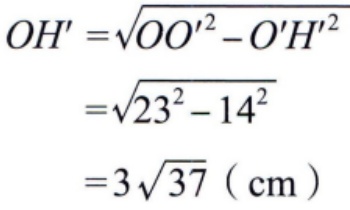
\[
\begin{align*}
OH'&=\sqrt{OO'^{2}-O'H^{2}}\\
&=\sqrt{23^{2}-14^{2}}\\
&=\sqrt{23^{2}-14^{2}}\\
&=3\sqrt{37}\ (\text{cm})
\end{align*}
\]